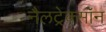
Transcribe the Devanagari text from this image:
नैलट्रेक्सॉन